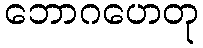
ဘောဂဟေတု